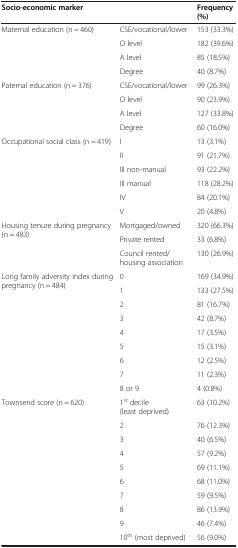
<table><thead><tr><td><b>Socio-economic marker</b></td><td><b> </b></td><td><b>Frequency (%)</b></td></tr></thead><tbody><tr><td rowspan="4">Maternal education (n = 460)</td><td>CSE/vocational/lower</td><td>153 (33.3%)</td></tr><tr><td>O level</td><td>182 (39.6%)</td></tr><tr><td>A level</td><td>85 (18.5%)</td></tr><tr><td>Degree</td><td>40 (8.7%)</td></tr><tr><td rowspan="4">Paternal education (n = 376)</td><td>CSE/vocational/lower</td><td>99 (26.3%)</td></tr><tr><td>O level</td><td>90 (23.9%)</td></tr><tr><td>A level</td><td>127 (33.8%)</td></tr><tr><td>Degree</td><td>60 (16.0%)</td></tr><tr><td rowspan="6">Occupational social class (n = 419)</td><td>I</td><td>13 (3.1%)</td></tr><tr><td>II</td><td>91 (21.7%)</td></tr><tr><td>III non-manual</td><td>93 (22.2%)</td></tr><tr><td>III manual</td><td>118 (28.2%)</td></tr><tr><td>IV</td><td>84 (20.1%)</td></tr><tr><td>V</td><td>20 (4.8%)</td></tr><tr><td rowspan="3">Housing tenure during pregnancy (n = 483)</td><td>Mortgaged/owned</td><td>320 (66.3%)</td></tr><tr><td>Private rented</td><td>33 (6.8%)</td></tr><tr><td>Council rented/housing association</td><td>130 (26.9%)</td></tr><tr><td rowspan="9">Long family adversity index during pregnancy (n = 484)</td><td>0</td><td>169 (34.9%)</td></tr><tr><td>1</td><td>133 (27.5%)</td></tr><tr><td>2</td><td>81 (16.7%)</td></tr><tr><td>3</td><td>42 (8.7%)</td></tr><tr><td>4</td><td>17 (3.5%)</td></tr><tr><td>5</td><td>15 (3.1%)</td></tr><tr><td>6</td><td>12 (2.5%)</td></tr><tr><td>7</td><td>11 (2.3%)</td></tr><tr><td>8 or 9</td><td>4 (0.8%)</td></tr><tr><td rowspan="10">Townsend score (n = 620)</td><td>1<sup>st</sup> decile (least deprived)</td><td>63 (10.2%)</td></tr><tr><td>2</td><td>76 (12.3%)</td></tr><tr><td>3</td><td>40 (6.5%)</td></tr><tr><td>4</td><td>57 (9.2%)</td></tr><tr><td>5</td><td>69 (11.1%)</td></tr><tr><td>6</td><td>68 (11.0%)</td></tr><tr><td>7</td><td>59 (9.5%)</td></tr><tr><td>8</td><td>86 (13.9%)</td></tr><tr><td>9</td><td>46 (7.4%)</td></tr><tr><td>10<sup>th</sup> (most deprived)</td><td>56 (9.0%)</td></tr></tbody></table>